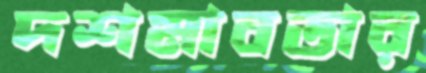
দশমাবতার